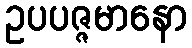
ဥပပဇ္ဇမာနော